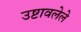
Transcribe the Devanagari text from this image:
उष्टावलेले